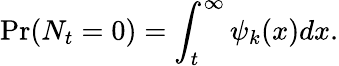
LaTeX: \operatorname*{Pr}(N_{t}=0)=\int_{t}^{\infty}\psi_{k}(x)dx.